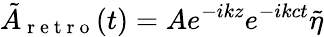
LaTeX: \tilde{A}_{\mathrm{~r~e~t~r~o~}}(t)=Ae^{-ikz}e^{-ikct}\tilde{\eta}